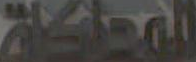
المحاكاة